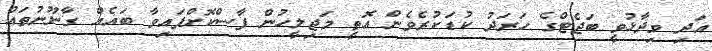
އަދި ވިދާޅުވީ ބަޖެޓްގެ ހަރަދު ކުޑަކުރެވެން އޮތީ މަޖިލީހުން ފާސްކޮށްފައިވާ ބައެއް ގާނޫނުތައް